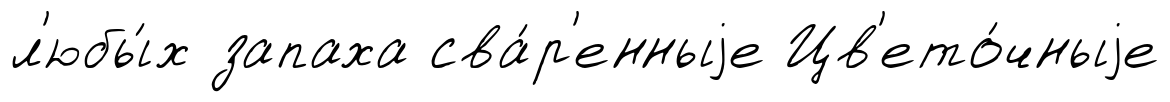
л'юбы́х запаха сва́р'енныjе Цв'ето́чныjе